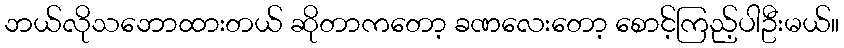
ဘယ်လိုသဘောထားတယ် ဆိုတာကတော့ ခဏလေးတော့ စောင့်ကြည့်ပါဦးမယ်။